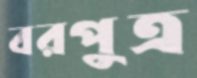
বরপুত্র